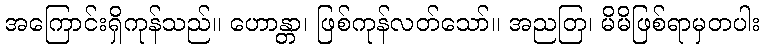
အကြောင်းရှိကုန်သည်။ ဟောန္တာ၊ ဖြစ်ကုန်လတ်သော်။ အညတြ၊ မိမိဖြစ်ရာမှတပါး